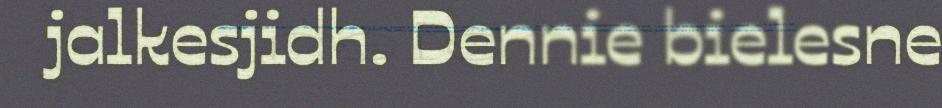
jalkesjidh. Dennie bielesne